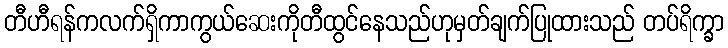
တီဟီရန်ကလက်ရှိကာကွယ်ဆေးကိုတီထွင်နေသည်ဟုမှတ်ချက်ပြုထားသည် တပ်ရိက္ခာ